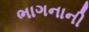
ભાગનાની